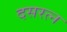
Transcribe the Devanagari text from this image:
दसरत्न